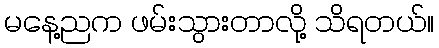
မနေ့ညက ဖမ်းသွားတာလို့ သိရတယ်။